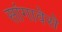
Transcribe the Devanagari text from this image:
सांगावेसे